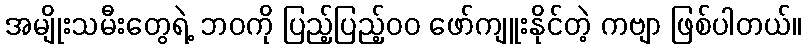
အမျိုးသမီးတွေရဲ့ ဘဝကို ပြည့်ပြည့်၀၀ ဖော်ကျူးနိုင်တဲ့ ကဗျာ ဖြစ်ပါတယ်။